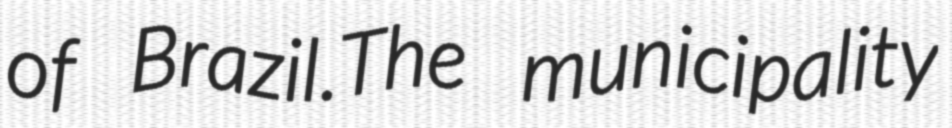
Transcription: of Brazil.The municipality